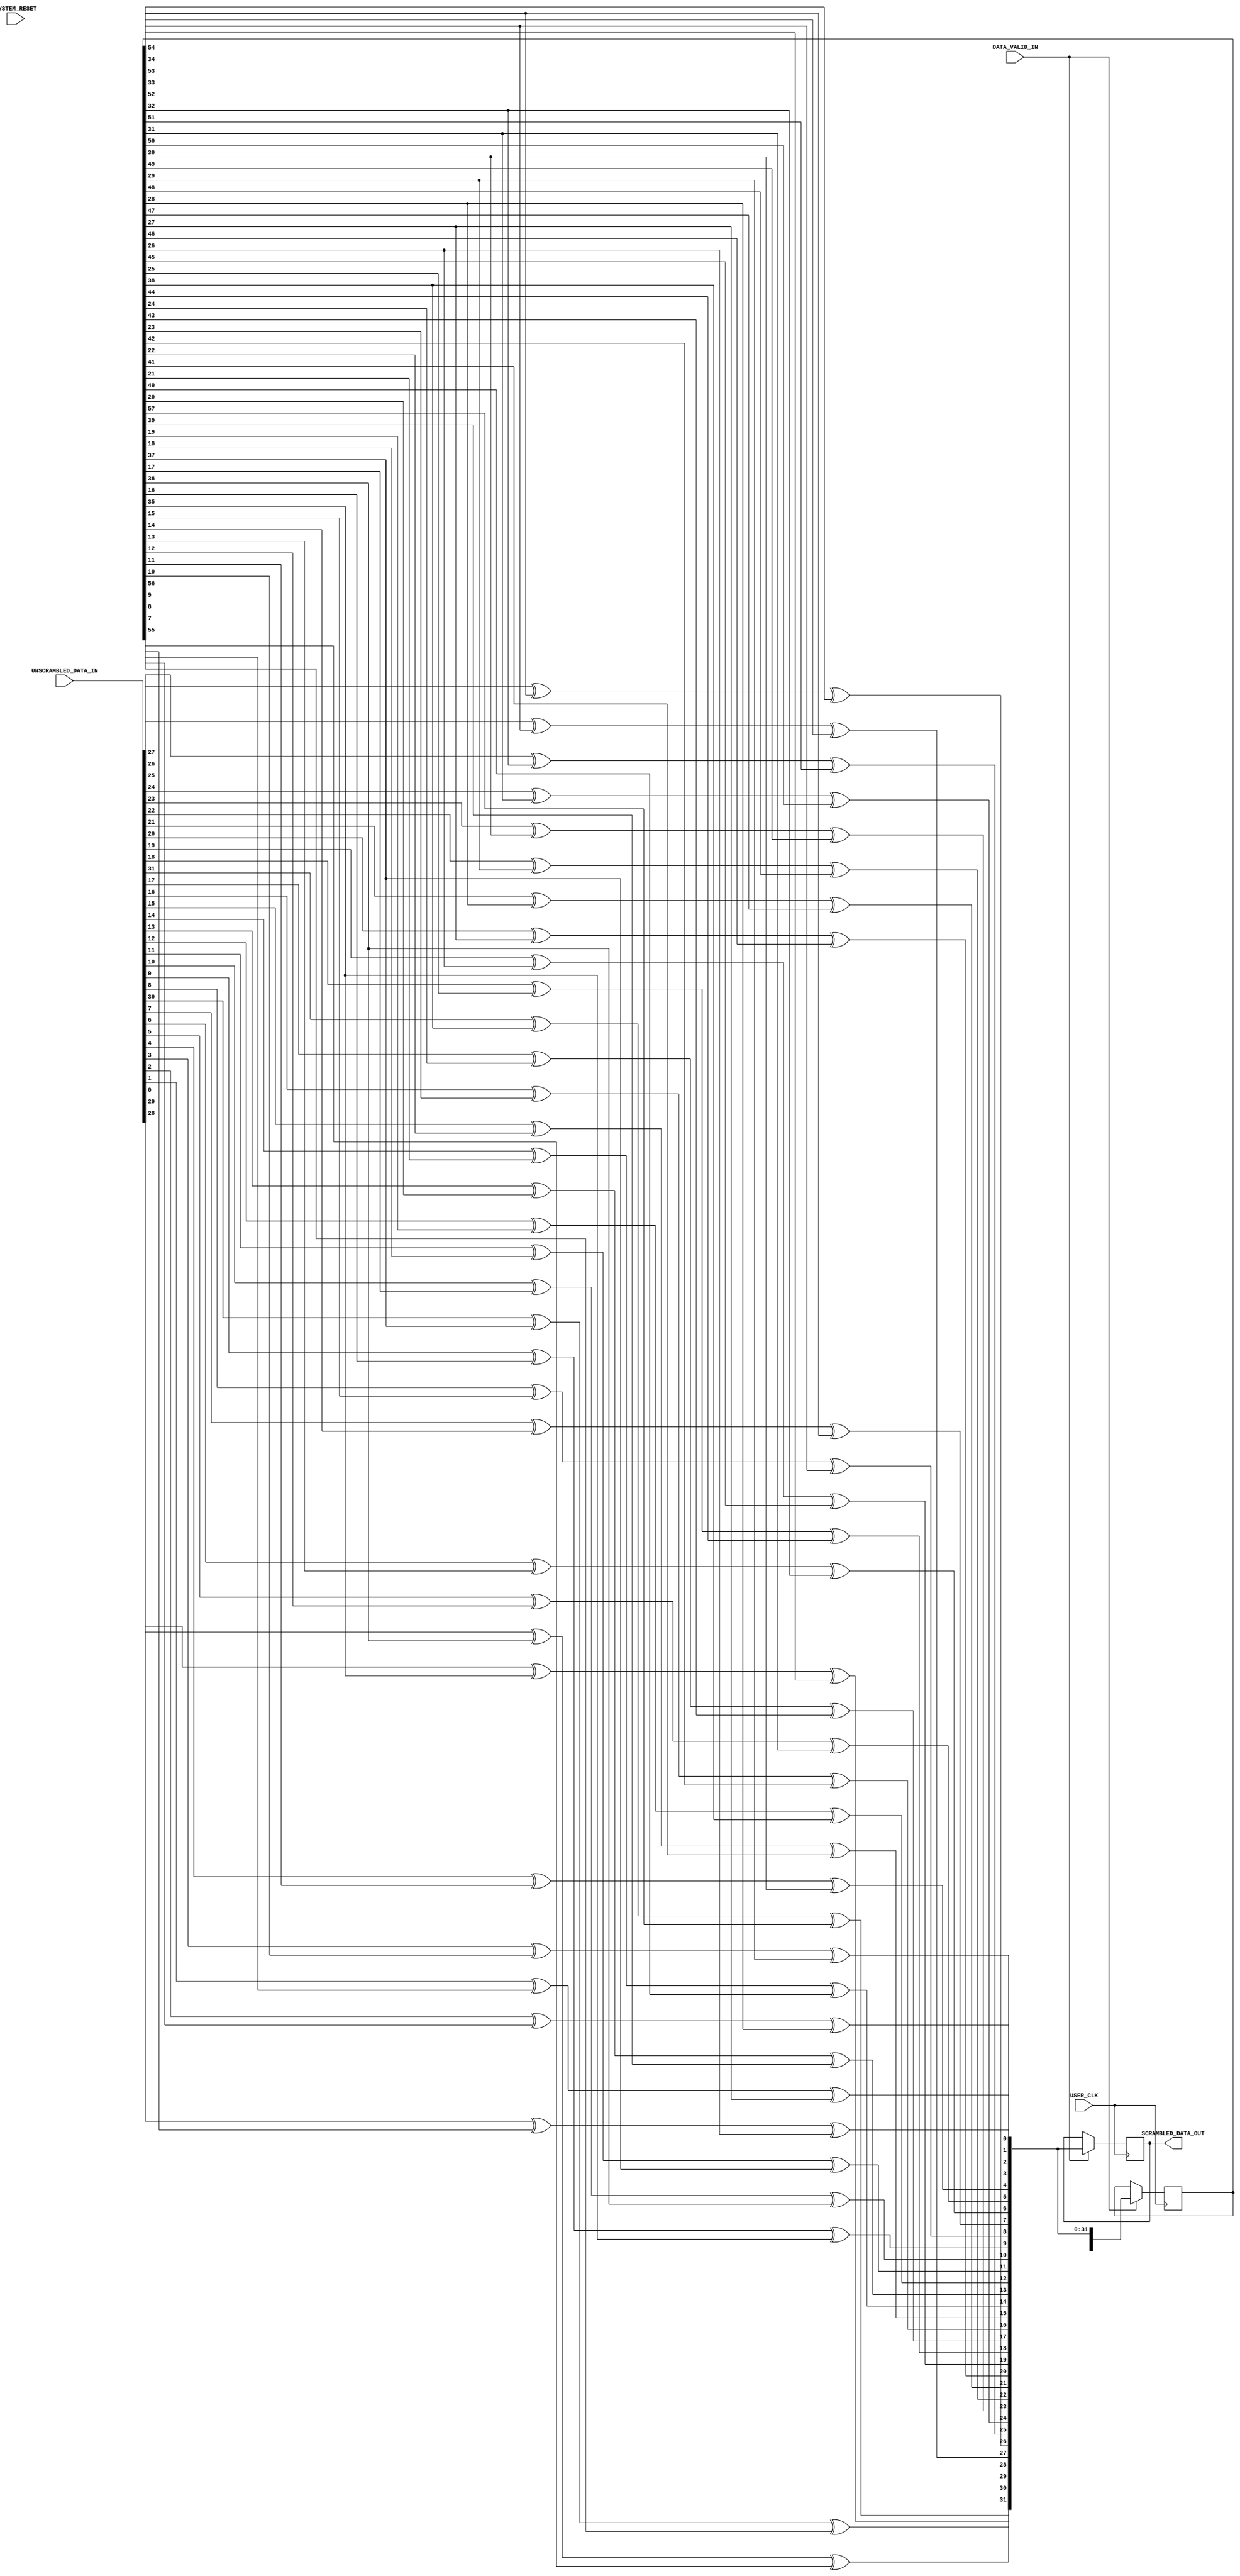
 ///////////////////////////////////////////////////////////////////////////////
 // Project:  Aurora 64B/66B
 // Company:  Xilinx  
 //
 //
 // (c) Copyright 2008 - 2009 Xilinx, Inc. All rights reserved.
 //
 // This file contains confidential and proprietary information
 // of Xilinx, Inc. and is protected under U.S. and
 // international copyright and other intellectual property
 // laws.
 //
 // DISCLAIMER
 // This disclaimer is not a license and does not grant any
 // rights to the materials distributed herewith. Except as
 // otherwise provided in a valid license issued to you by
 // Xilinx, and to the maximum extent permitted by applicable
 // law: (1) THESE MATERIALS ARE MADE AVAILABLE "AS IS" AND
 // WITH ALL FAULTS, AND XILINX HEREBY DISCLAIMS ALL WARRANTIES
 // AND CONDITIONS, EXPRESS, IMPLIED, OR STATUTORY, INCLUDING
 // BUT NOT LIMITED TO WARRANTIES OF MERCHANTABILITY, NON-
 // INFRINGEMENT, OR FITNESS FOR ANY PARTICULAR PURPOSE; and
 // (2) Xilinx shall not be liable (whether in contract or tort,
 // including negligence, or under any other theory of
 // liability) for any loss or damage of any kind or nature
 // related to, arising under or in connection with these
 // materials, including for any direct, or any indirect,
 // special, incidental, or consequential loss or damage
 // (including loss of data, profits, goodwill, or any type of
 // loss or damage suffered as a result of any action brought
 // by a third party) even if such damage or loss was
 // reasonably foreseeable or Xilinx had been advised of the
 // possibility of the same.
 //
 // CRITICAL APPLICATIONS
 // Xilinx products are not designed or intended to be fail-
 // safe, or for use in any application requiring fail-safe
 // performance, such as life-support or safety devices or
 // systems, Class III medical devices, nuclear facilities,
 // applications related to the deployment of airbags, or any
 // other applications that could lead to death, personal
 // injury, or severe property or environmental damage
 // (individually and collectively, "Critical
 // Applications"). Customer assumes the sole risk and
 // liability of any use of Xilinx products in Critical
 // Applications, subject only to applicable laws and
 // regulations governing limitations on product liability.
 //
 // THIS COPYRIGHT NOTICE AND DISCLAIMER MUST BE RETAINED AS
 // PART OF THIS FILE AT ALL TIMES.
 
 //
 ////////////////////////////////////////////////////////////////////////////////
 //
 // Module SCRAMBLER_64B66B
 // Generated by Xilinx Aurora 64B66B
 
 `timescale 1ns / 1ps
 `define DLY #1
(* DowngradeIPIdentifiedWarnings="yes" *) 
 //***********************************Entity Declaration*******************************
 
 module aurora_64b66b_0_SCRAMBLER_64B66B #
 ( 
 
     parameter TX_DATA_WIDTH = 32
 )
 (
     // User Interface
     UNSCRAMBLED_DATA_IN,
     SCRAMBLED_DATA_OUT,
     DATA_VALID_IN,
     // System Interface
     USER_CLK,       
     SYSTEM_RESET
 );
 
 //***********************************Port Declarations*******************************
 
     // User Interface
     input   [0:(TX_DATA_WIDTH-1)] UNSCRAMBLED_DATA_IN;
     input                         DATA_VALID_IN;
     output  [(TX_DATA_WIDTH-1):0] SCRAMBLED_DATA_OUT;
 
     // System Interface
     input   USER_CLK;
     input   SYSTEM_RESET; 
 
 //***************************Internal Register Declarations******************** 
 
     integer                        i;
     reg     [57:0]                 poly;
     reg     [57:0]                 scrambler = 58'h155_5555_5555_5555;
     reg     [0:(TX_DATA_WIDTH-1)]  tempData = {TX_DATA_WIDTH{1'b0}};
     reg                            xorBit;
 
     reg     [(TX_DATA_WIDTH-1):0]  SCRAMBLED_DATA_OUT;
 
 //*********************************Main Body of Code***************************

     always @(scrambler,UNSCRAMBLED_DATA_IN)
     begin
             poly = scrambler;
             for (i=0;i<=(TX_DATA_WIDTH-1);i=i+1)
             begin
                 xorBit = UNSCRAMBLED_DATA_IN[i] ^ poly[38] ^ poly[57];
                 poly = {poly[56:0],xorBit};
                 tempData[i] = xorBit;
             end
     end
 
     //________________ Scrambled Data assignment to output port _______________    

always @(posedge USER_CLK)
begin
    if (DATA_VALID_IN)
    begin
        SCRAMBLED_DATA_OUT <= `DLY  tempData;
        scrambler          <= `DLY  poly;
    end
end

 
          
 endmodule